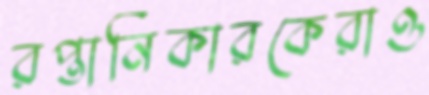
রপ্তানিকারকেরাও